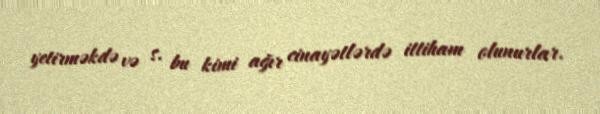
yetirməkdə və s. bu kimi ağır cinayətlərdə ittiham olunurlar.